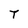
Character: T